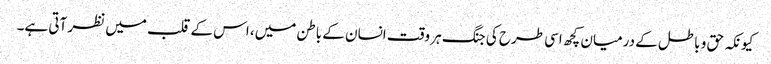
کیونکہ حق و باطل کے درمیان کچھ اسی طرح کی جنگ ہر وقت انسان کے باطن میں، اس کے قلب میں نظر آتی ہے۔